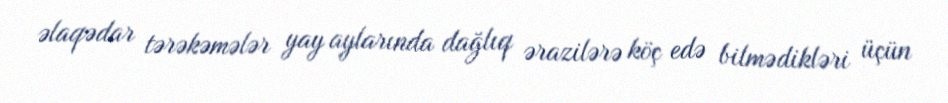
əlaqədar tərəkəmələr yay aylarında dağlıq ərazilərə köç edə bilmədikləri üçün